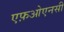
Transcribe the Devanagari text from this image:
एफ़ओएनसी